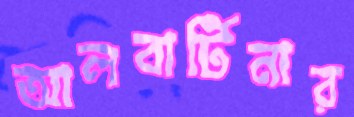
আলবার্টিনার